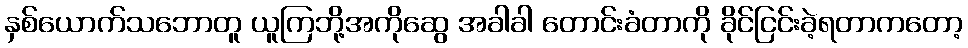
နှစ်ယောက်သဘောတူ ယူကြဘို့အကိုဆွေ အခါခါ တောင်းခံတာကို ခိုင်ငြင်းခဲ့ရတာကတော့